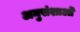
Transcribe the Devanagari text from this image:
अनुसंशाओं